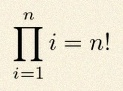
\prod_{i=1}^{n}i=n!